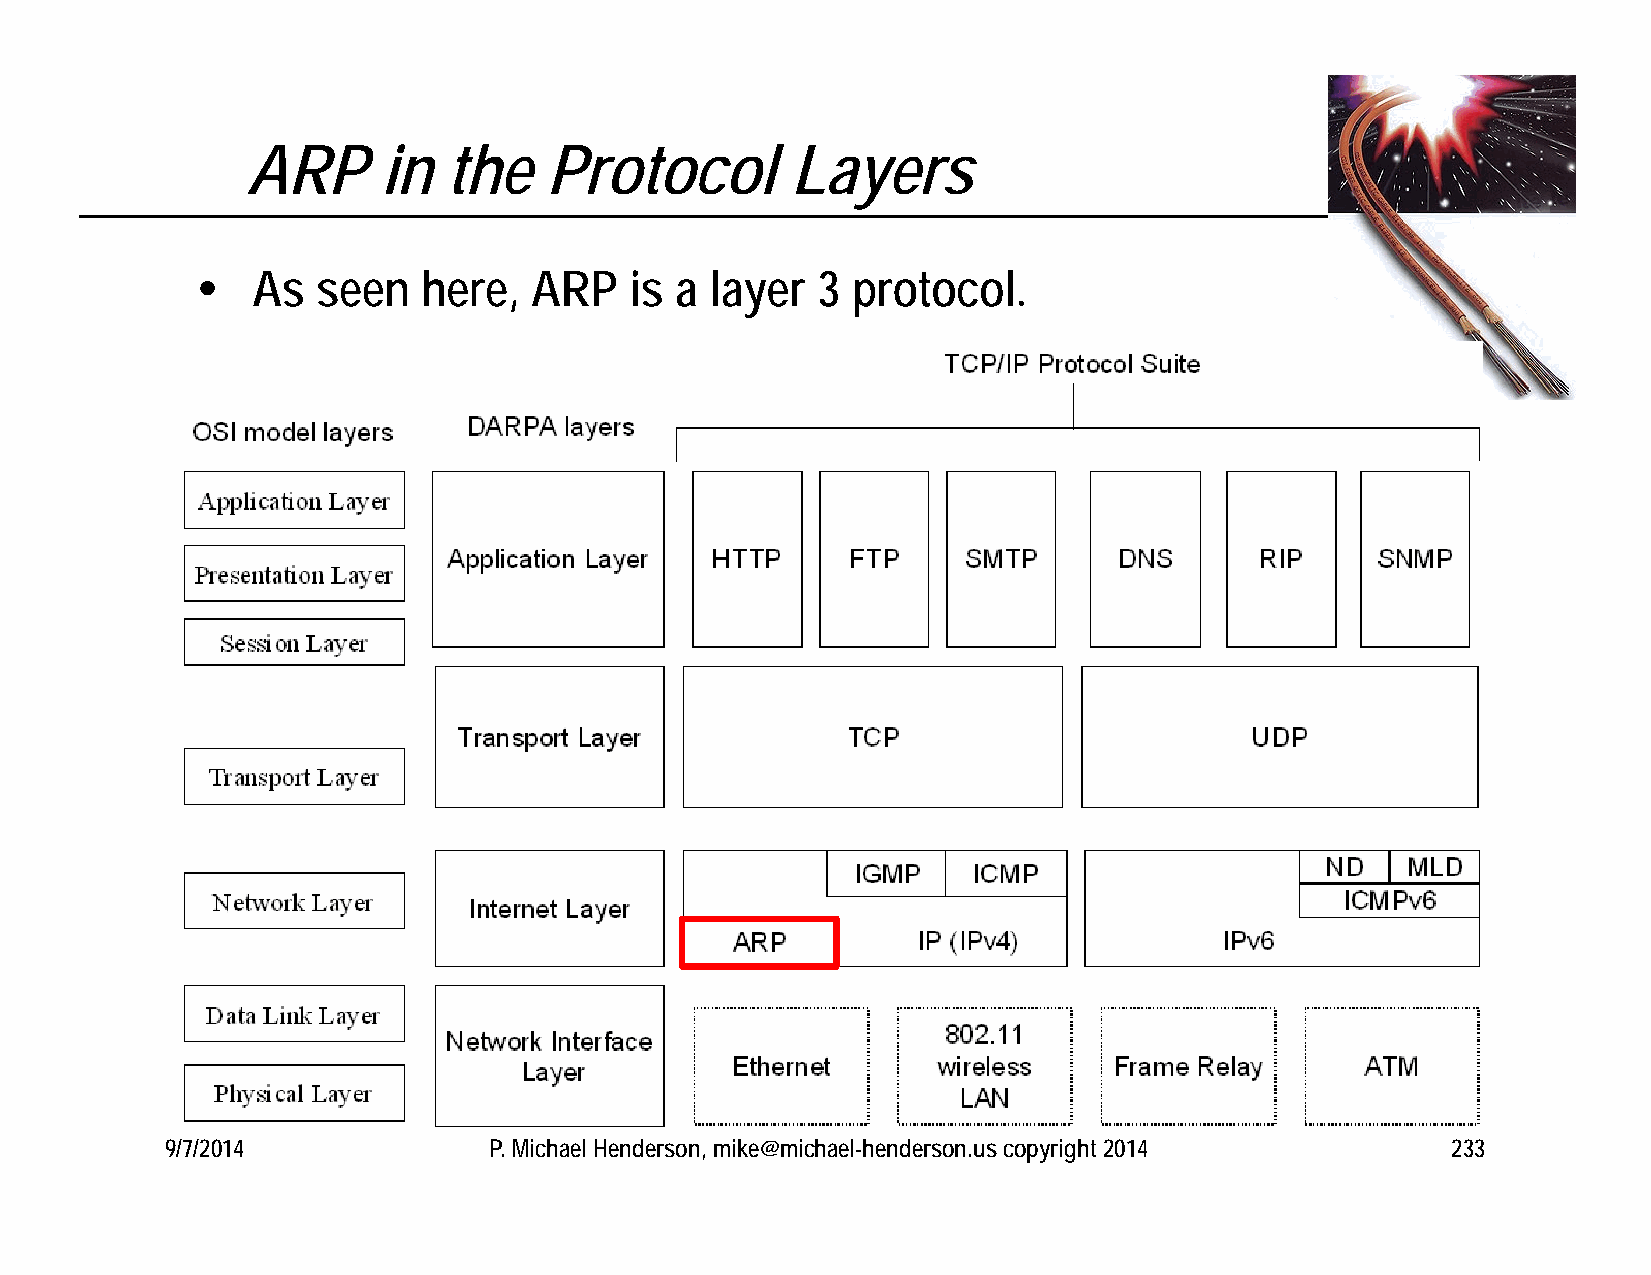
ARP      in   the   Protocol        Layers
    As  seen   here,  ARP    is a layer  3 protocol.
 9/7/2014             P. Michael Henderson, mike@michael-henderson.us copyright 2014  233